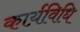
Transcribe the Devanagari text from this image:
कार्य़विधि